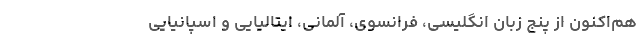
هم‌اکنون از پنج زبان انگلیسی، فرانسوی، آلمانی، ایتالیایی و اسپانیایی